NAE_ERA_R-2362_Emakeele_Selts, lk 44
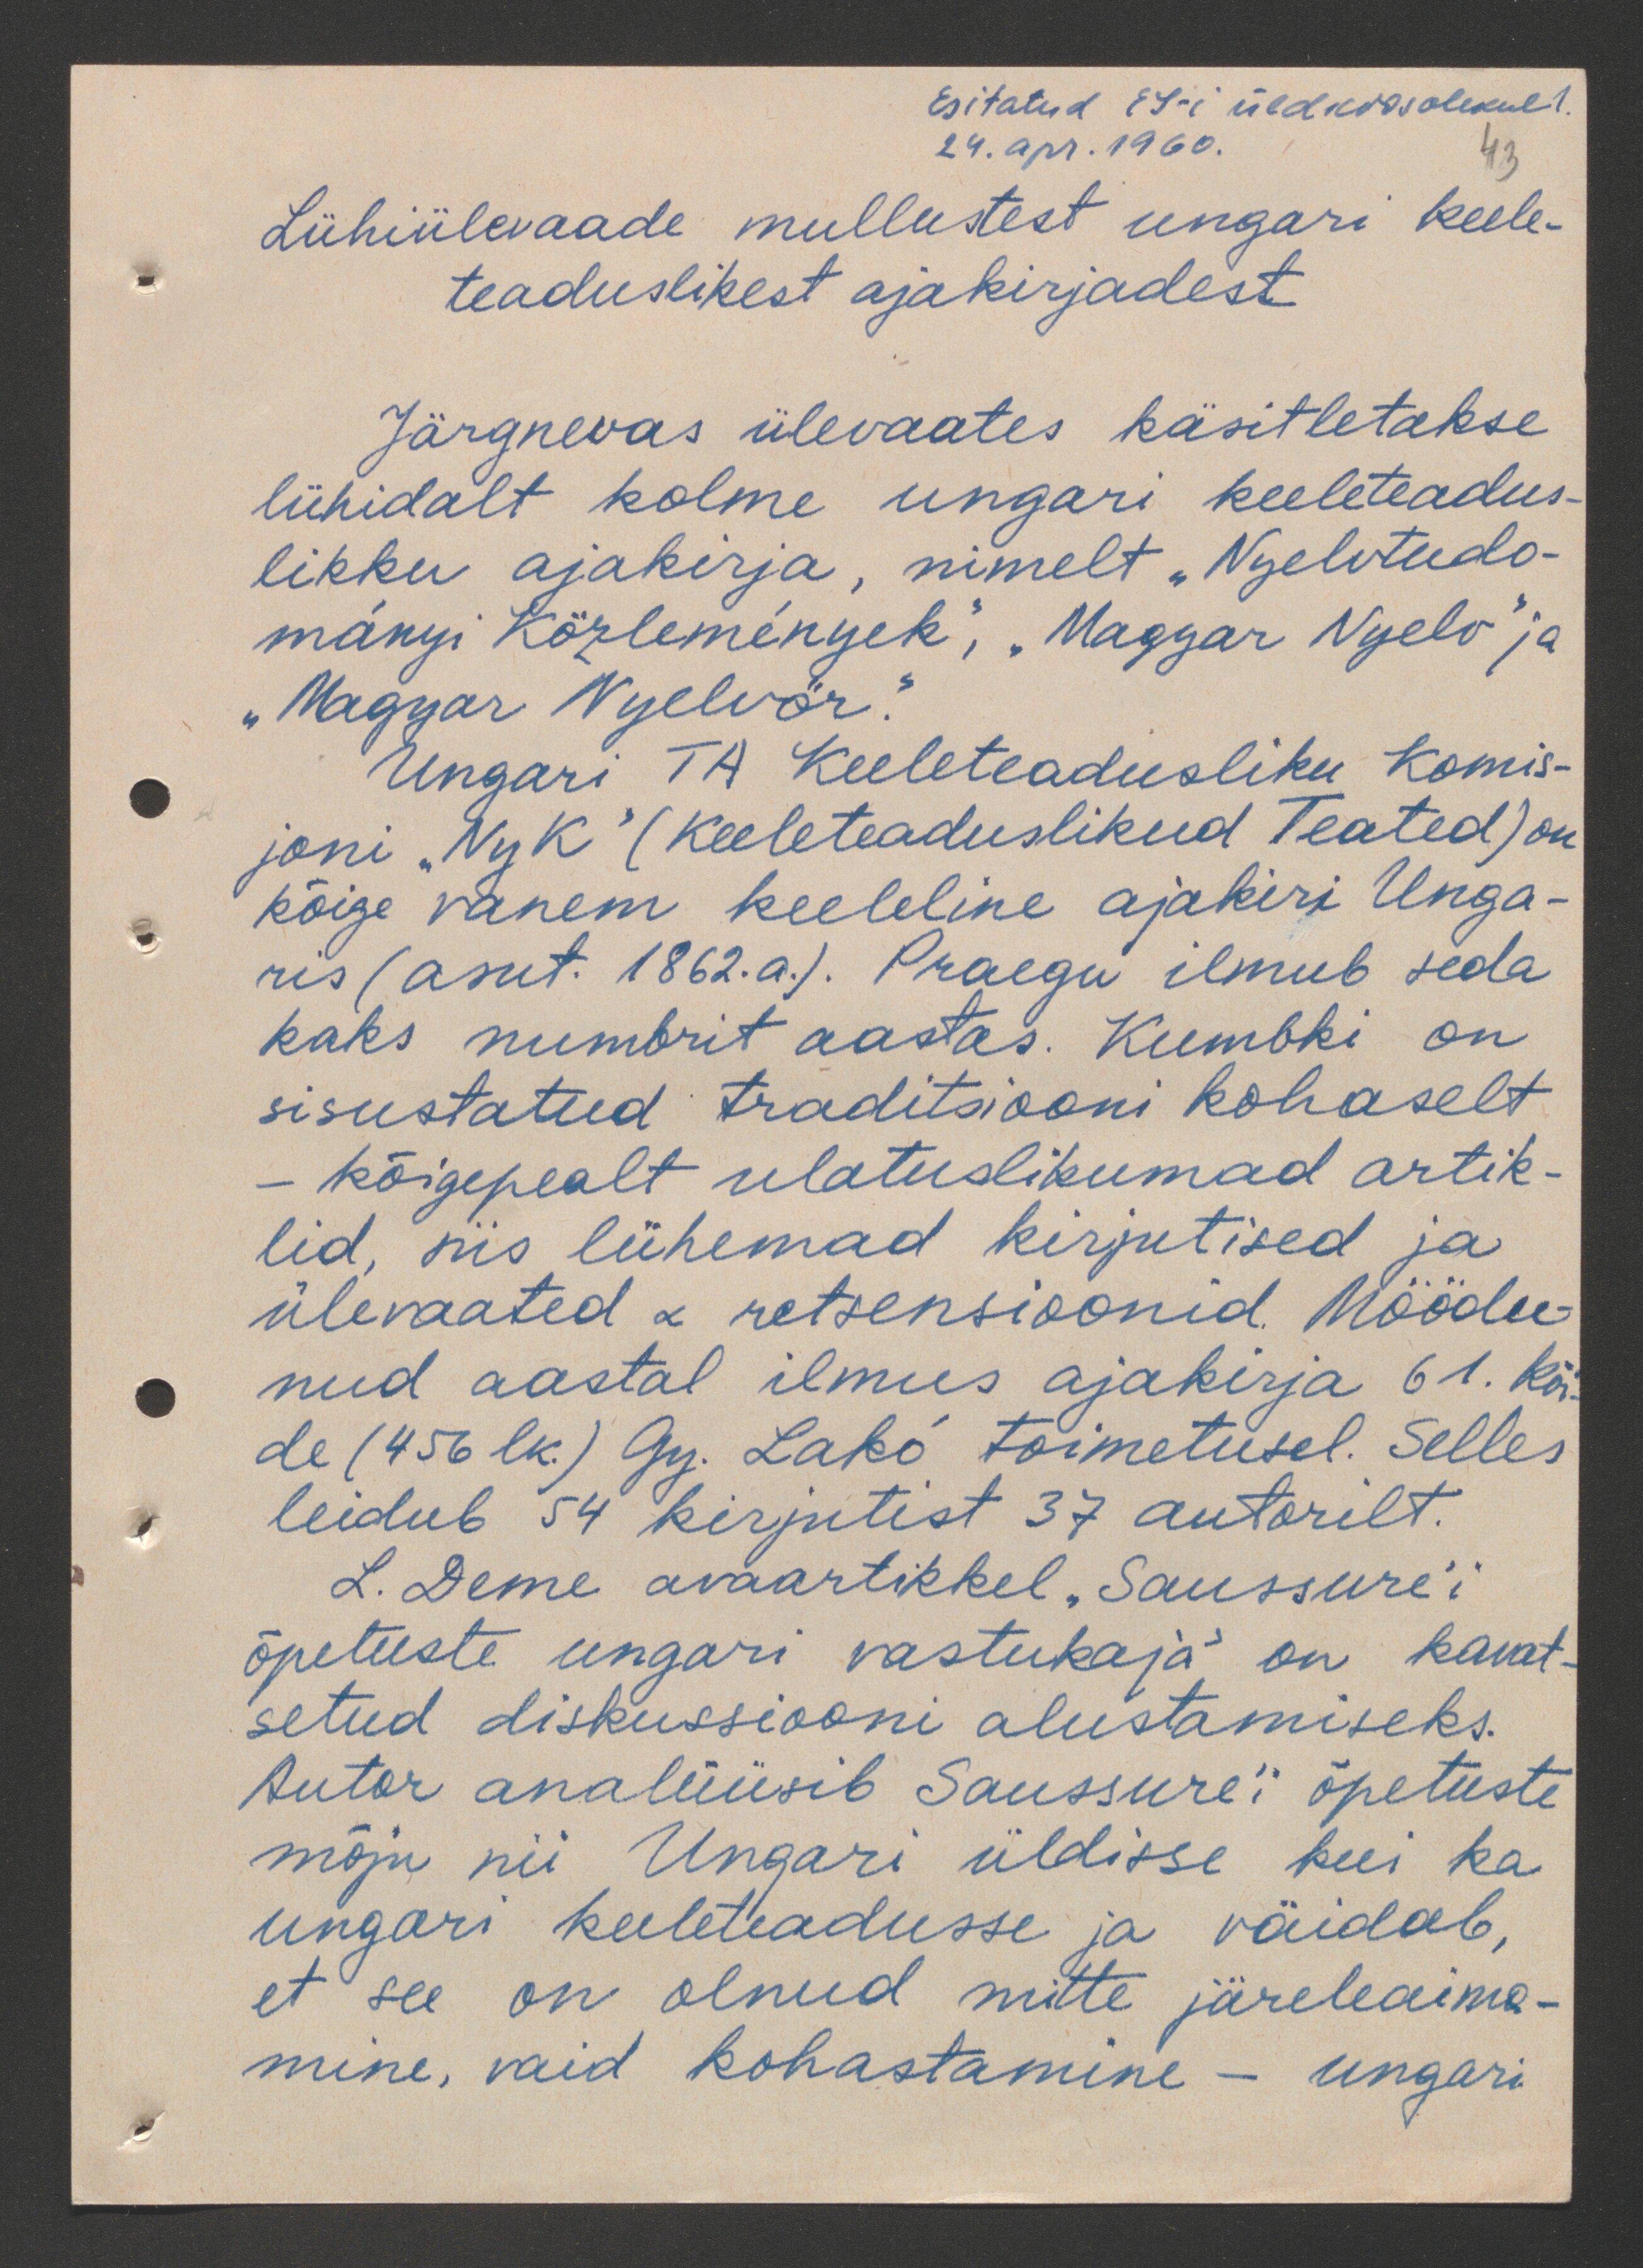
Esitatud ES-i üldkoosolekult.
24. apr. 1960.
43
Lühiülevaade mullustest ungari keele-
teaduslikest ajakirjadest
Järgnevas ülevaates käsitletakse
lühidalt kolme ungari keeleteadus-
likku ajakirja, nimelt "Nyelotudo-
manyi Közlemenyek, "Magyar Nyelo" ja
"Magyar Nyelvör"
Ungari Ta Keeleteadusliku Komis-
joni "Nyk" (Keeleteaduslikud Teated) on
kõige vanem keeleline ajakiri Unga-
ris (asut. 1862. a). Praegu ilmub seda
kaks numbrit aastas. Kumbki on
sisustatud traditsiooni kohaselt
- kõigepealt ulatuslikumad artik-
lid, siis lühemad kirjutised ja
ülevaated ja retsensioonid. Möödu-
nud aastal ilmus ajakirja 61. kõi-
de (456 lk.) Gy. Lako toimetusel. Selles
leidub 54 kirjutist 37 autorilt.
L. Deme avaartikkel "Saussure'i
õpetuste ungari vastukaja" on kavat-
setud diskussiooni alustamiseks.
Autor analüüsib Saussure'i õpetuste
mõju nii Ungari üldisse kui ka
ungari keeleteadusse ja väidab,
et see on olnud mitte järeleaime-
mine, vaid kohastamine - ungeri